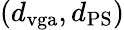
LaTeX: (d_{\mathrm{vga}},d_{\mathrm{PS}})